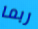
ربما